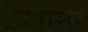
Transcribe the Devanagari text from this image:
क्रेशामर